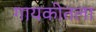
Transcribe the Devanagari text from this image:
गायकीतला